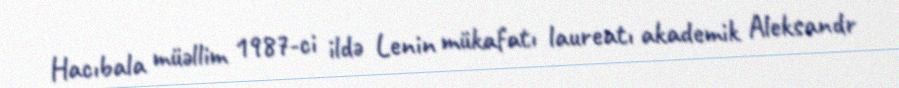
Hacıbala müəllim 1987-ci ildə Lenin mükafatı laureatı akademik Aleksandr